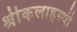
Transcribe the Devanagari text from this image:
श्रीकलाहस्थी